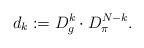
LaTeX: \begin{align*} d_k := D_g^k \cdot D_\pi^{N-k}.\end{align*}